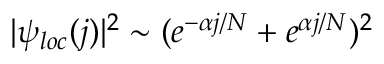
| \psi _ { l o c } ( j ) | ^ { 2 } \sim ( e ^ { - \alpha j / N } + e ^ { \alpha j / N } ) ^ { 2 }